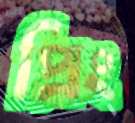
প্রিং